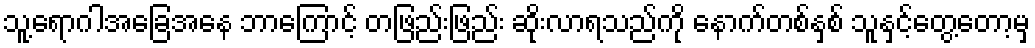
သူ့ရောဂါအခြေအနေ ဘာကြောင့် တဖြည်းဖြည်း ဆိုးလာရသည်ကို နောက်တစ်နှစ် သူနှင့်တွေ့တော့မှ